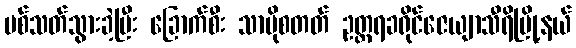
ပစ်သတ်သွားခဲ့ပြီး ခြောက်စီး သာမိုစတတ် ဥတ္တရခရိုင်ဇေယျာသီရိမြို့နယ်